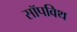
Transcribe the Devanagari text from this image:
सॉपविथ